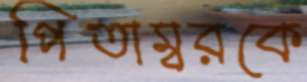
পিতাম্বরকে